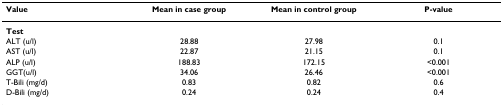
<table><thead><tr><td><b>Value</b></td><td><b>Mean in case group</b></td><td><b>Mean in control group</b></td><td><b>P-value</b></td></tr></thead><tbody><tr><td><b>Test</b></td><td></td><td></td><td></td></tr><tr><td>ALT (u/l)</td><td>28.88</td><td>27.98</td><td>0.1</td></tr><tr><td>AST (u/l)</td><td>22.87</td><td>21.15</td><td>0.1</td></tr><tr><td>ALP (u/l)</td><td>188.83</td><td>172.15</td><td>&lt;0.001</td></tr><tr><td>GGT(u/l)</td><td>34.06</td><td>26.46</td><td>&lt;0.001</td></tr><tr><td>T-Bili (mg/d)</td><td>0.83</td><td>0.82</td><td>0.6</td></tr><tr><td>D-Bili (mg/d)</td><td>0.24</td><td>0.24</td><td>0.4</td></tr></tbody></table>